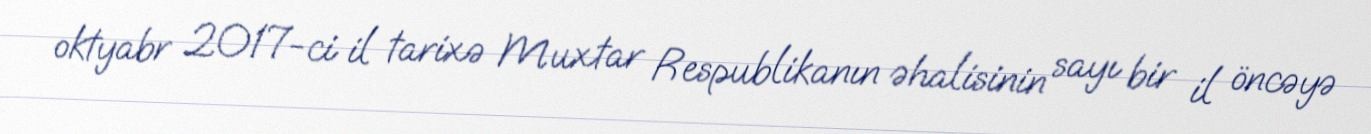
oktyabr 2017-ci il tarixə Muxtar Respublikanın əhalisinin sayı bir il öncəyə